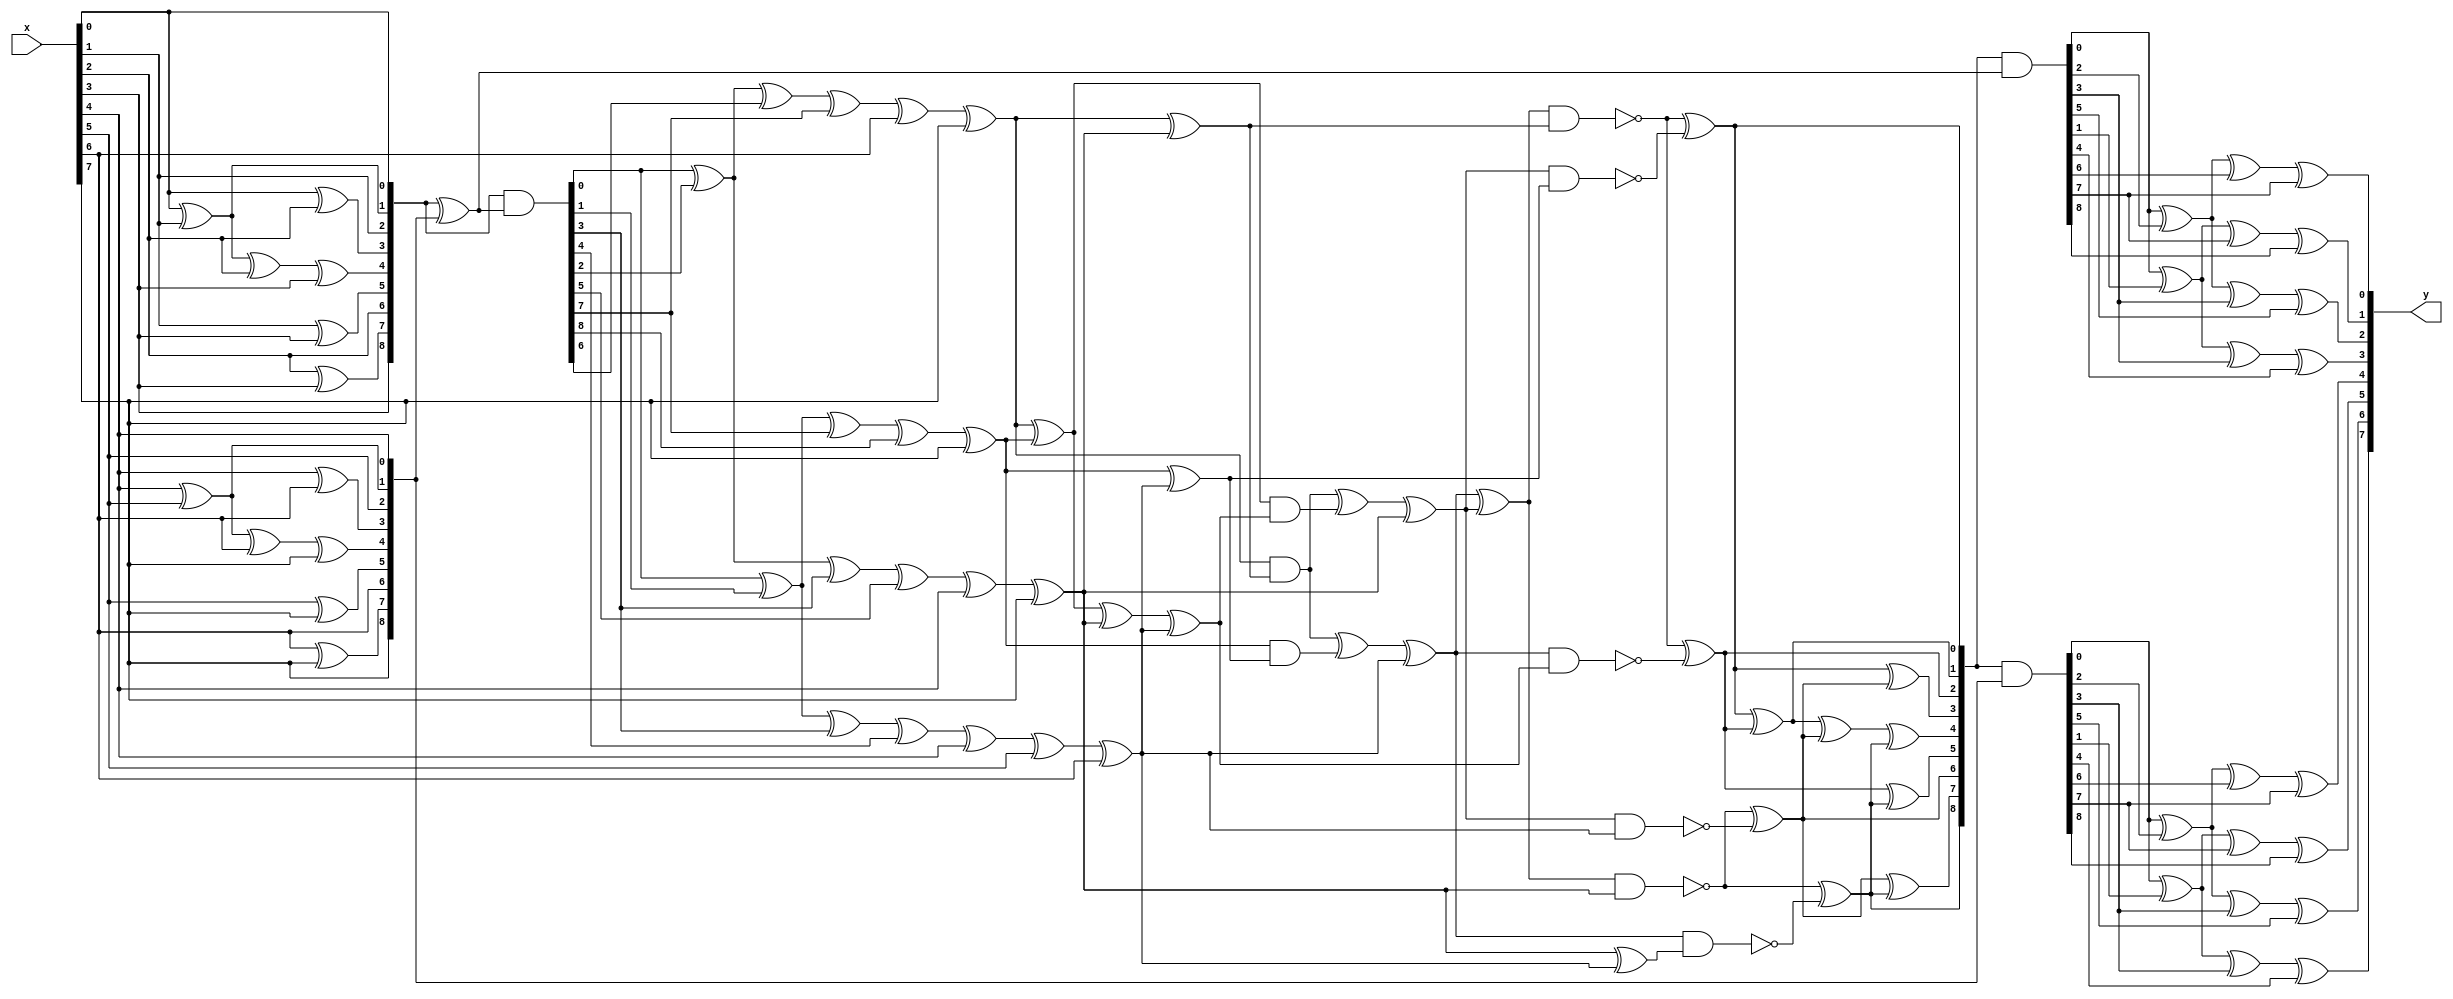
/*-------------------------------------------------------------------------
 Copyright (C) 2007 AIST and Tohoku Univ.

 By using this code, you agree to the following terms and conditions.

 This code is copyrighted by AIST and Tohoku University ("us").

 Permission is hereby granted to copy, reproduce, redistribute or
 otherwise use this code as long as: there is no monetary profit gained
 specifically from the use or reproduction of this code, it is not sold,
 rented, traded or otherwise marketed, and this copyright notice is
 included prominently in any copy made.

 We shall not be liable for any damages, including without limitation
 direct, indirect, incidental, special or consequential damages arising
 from the use of this code.

 When you publish any results arising from the use of this code, we will
 appreciate it if you can cite as following.
 @misc{tohoku-crypto-ip,
  author={Tohoku University ECSIS laboratory},
  title={Cryptographic IP cores},
  howpublished = {https://github.com/ECSIS-lab/IP_cores}
 }
 -------------------------------------------------------------------------*/


/////////////////////////////
//   GF(2^2^2^2) inverter  //
/////////////////////////////
module GFinvComp(x, y);
  input  [7:0] x;
  output [7:0] y;

  wire [8:0] da, db, dx, dy, va, tp, tn;
  wire [3:0] u, v;
  wire [4:0] mx;
  wire [5:0] my;

  assign da ={x[3], x[2]^x[3], x[2], x[1]^x[3], x[0]^x[1]^x[2]^x[3], x[0]^x[2], x[1], x[0]^x[1], x[0]};
  assign db ={x[7], x[6]^x[7], x[6], x[5]^x[7], x[4]^x[5]^x[6]^x[7], x[4]^x[6], x[5], x[4]^x[5], x[4]};
  assign va ={v[3], v[2]^v[3], v[2], v[1]^v[3], v[0]^v[1]^v[2]^v[3], v[0]^v[2], v[1], v[0]^v[1], v[0]};
  assign dx = da ^ db;
  assign dy = da & dx;
  assign tp = va & dx;
  assign tn = va & db;

  assign u = {dy[0] ^ dy[1] ^ dy[3] ^ dy[4] ^ x[4] ^ x[5] ^ x[6],
              dy[0] ^ dy[2] ^ dy[3] ^ dy[5] ^ x[4] ^ x[7],
              dy[0] ^ dy[1] ^ dy[7] ^ dy[8] ^ x[7],
              dy[0] ^ dy[2] ^ dy[6] ^ dy[7] ^ x[6] ^ x[7]};

  assign y = {tn[0] ^ tn[1] ^ tn[3] ^ tn[4], tn[0] ^ tn[2] ^ tn[3] ^ tn[5],
              tn[0] ^ tn[1] ^ tn[7] ^ tn[8], tn[0] ^ tn[2] ^ tn[6] ^ tn[7],
              tp[0] ^ tp[1] ^ tp[3] ^ tp[4], tp[0] ^ tp[2] ^ tp[3] ^ tp[5],
              tp[0] ^ tp[1] ^ tp[7] ^ tp[8], tp[0] ^ tp[2] ^ tp[6] ^ tp[7]};

  ////////////////////////
  // GF(2^2^2) Inverter //
  ////////////////////////
  assign mx = {mx[0] ^ mx[1] ^ u[2],
               mx[0] ^ mx[2] ^ u[3],
               u[1] & (u[1] ^ u[3]),
               (u[0] ^ u[1]) & (u[0] ^ u[1]  ^ u[2] ^ u[3]),
               u[0] & (u[0] ^ u[2])};

  assign my = {~(mx[4] & u[3]),
               ~(mx[3] & (u[2] ^ u[3])),
               ~((mx[3] ^ mx[4]) & u[2]),
               ~(mx[4] & (u[1] ^ u[3])),
               ~(mx[3] & (u[0] ^ u[1]  ^ u[2] ^ u[3])),
               ~((mx[3] ^ mx[4]) & (u[0] ^ u[2]))};

  assign v = {my[3]^my[4], my[3]^my[5], my[0]^my[1], my[0]^my[2]};
endmodule


/////////////////////////////
//     Sbox GF(2^2^2^2)    //
/////////////////////////////
module SboxComp(x, y);
  input  [7:0] x;
  output [7:0] y;

  wire [7:0] a, b;

  assign a = {x[5] ^ x[7],
              x[1] ^ x[2] ^ x[3] ^ x[4] ^ x[6] ^ x[7],
              x[2] ^ x[3] ^ x[5] ^ x[7],
              x[1] ^ x[2] ^ x[3] ^ x[5] ^ x[7],
              x[1] ^ x[2] ^ x[6] ^ x[7],
              x[1] ^ x[2] ^ x[3] ^ x[4] ^ x[7],
              x[1] ^ x[4] ^ x[6],
              x[0] ^ x[1] ^ x[6]};

  GFinvComp GFinvComp(a, b);

  assign y = { b[2] ^ b[3] ^ b[7],
              ~b[4] ^ b[5] ^ b[6] ^ b[7],
              ~b[2] ^ b[7],
               b[0] ^ b[1] ^ b[4] ^ b[7],
               b[0] ^ b[1] ^ b[2],
               b[0] ^ b[2] ^ b[3] ^ b[4] ^ b[5] ^ b[6],
              ~b[0] ^ b[7],
              ~b[0] ^ b[1] ^ b[2] ^ b[6] ^ b[7]};
endmodule


/////////////////////////////
//   InvSbox GF(2^2^2^2)   //
/////////////////////////////
module InvSboxComp(x, y);
  input  [7:0] x;
  output [7:0] y;

  wire [7:0] a, b;

  assign a = { x[1] ^ x[2] ^ x[6] ^ x[7],
              ~x[0] ^ x[1] ^ x[2] ^ x[3] ^ x[6] ^ x[7],
              ~x[0] ^ x[4] ^ x[5] ^ x[6],
              ~x[3] ^ x[4] ^ x[5],
              ~x[5] ^ x[7],
              ~x[1] ^ x[2] ^ x[5] ^ x[6] ^ x[7],
               x[1] ^ x[3] ^ x[5],
              ~x[2] ^ x[6] ^ x[7]};

  GFinvComp GFinvComp(a, b);

  assign y = {b[1] ^ b[5] ^ b[6] ^ b[7],
              b[2] ^ b[6],
              b[1] ^ b[5] ^ b[6],
              b[1] ^ b[2] ^ b[4] ^ b[5] ^ b[6],
              b[1] ^ b[2] ^ b[3] ^ b[4] ^ b[5],
              b[1] ^ b[2] ^ b[3] ^ b[4] ^ b[7],
              b[4] ^ b[5],
              b[0] ^ b[2] ^ b[4] ^ b[5] ^ b[6]};
endmodule


/////////////////////////////
//   SubBytes GF(2^2^2^2)  //
/////////////////////////////
module SubBytesComp (x, y);
  input  [31:0] x;
  output [31:0] y;

  SboxComp Sbox3(x[31:24], y[31:24]);
  SboxComp Sbox2(x[23:16], y[23:16]);
  SboxComp Sbox1(x[15: 8], y[15: 8]);
  SboxComp Sbox0(x[ 7: 0], y[ 7: 0]);
endmodule


/////////////////////////////
// InvSubBytes GF(2^2^2^2) //
/////////////////////////////
module InvSubBytesComp (x, y);
  input  [31:0] x;
  output [31:0] y;

  InvSboxComp Sbox3(x[31:24], y[31:24]);
  InvSboxComp Sbox2(x[23:16], y[23:16]);
  InvSboxComp Sbox1(x[15: 8], y[15: 8]);
  InvSboxComp Sbox0(x[ 7: 0], y[ 7: 0]);
endmodule


/////////////////////////////
//       MixColumns        //
/////////////////////////////
module MixColumns(x, y);
  input  [31:0]  x;
  output [31:0]  y;

  wire [7:0] a3, a2, a1, a0, b3, b2, b1, b0;

  assign a3 = x[31:24]; assign a2 = x[23:16];
  assign a1 = x[15: 8]; assign a0 = x[ 7: 0];

  assign b3 = a3 ^ a2; assign b2 = a2 ^ a1;
  assign b1 = a1 ^ a0; assign b0 = a0 ^ a3;

  assign y = {a2[7] ^ b1[7] ^ b3[6],         a2[6] ^ b1[6] ^ b3[5],
              a2[5] ^ b1[5] ^ b3[4],         a2[4] ^ b1[4] ^ b3[3] ^ b3[7],
              a2[3] ^ b1[3] ^ b3[2] ^ b3[7], a2[2] ^ b1[2] ^ b3[1],
              a2[1] ^ b1[1] ^ b3[0] ^ b3[7], a2[0] ^ b1[0] ^ b3[7],
              a3[7] ^ b1[7] ^ b2[6],         a3[6] ^ b1[6] ^ b2[5],
              a3[5] ^ b1[5] ^ b2[4],         a3[4] ^ b1[4] ^ b2[3] ^ b2[7],
              a3[3] ^ b1[3] ^ b2[2] ^ b2[7], a3[2] ^ b1[2] ^ b2[1],
              a3[1] ^ b1[1] ^ b2[0] ^ b2[7], a3[0] ^ b1[0] ^ b2[7],
              a0[7] ^ b3[7] ^ b1[6],         a0[6] ^ b3[6] ^ b1[5],
              a0[5] ^ b3[5] ^ b1[4],         a0[4] ^ b3[4] ^ b1[3] ^ b1[7],
              a0[3] ^ b3[3] ^ b1[2] ^ b1[7], a0[2] ^ b3[2] ^ b1[1],
              a0[1] ^ b3[1] ^ b1[0] ^ b1[7], a0[0] ^ b3[0] ^ b1[7],
              a1[7] ^ b3[7] ^ b0[6],         a1[6] ^ b3[6] ^ b0[5],
              a1[5] ^ b3[5] ^ b0[4],         a1[4] ^ b3[4] ^ b0[3] ^ b0[7],
              a1[3] ^ b3[3] ^ b0[2] ^ b0[7], a1[2] ^ b3[2] ^ b0[1],
              a1[1] ^ b3[1] ^ b0[0] ^ b0[7], a1[0] ^ b3[0] ^ b0[7]};
endmodule


/////////////////////////////
//     InvMixColumns       //
/////////////////////////////
module InvMixColumns(x, y);
  input  [31:0]  x;
  output [31:0]  y;

  wire [7:0] a3, a2, a1, a0, b3, b2, b1, b0;
  wire [7:0] c3, c2, c1, c0, d3, d2, d1, d0;

  assign a3 = x[31:24]; assign a2 = x[23:16];
  assign a1 = x[15: 8]; assign a0 = x[ 7: 0];

  assign b3 = a3 ^ a2; assign b2 = a2 ^ a1;
  assign b1 = a1 ^ a0; assign b0 = a0 ^ a3;

  assign c3 = {a2[7] ^ b1[7] ^ b3[6],         a2[6] ^ b1[6] ^ b3[5],
               a2[5] ^ b1[5] ^ b3[4],         a2[4] ^ b1[4] ^ b3[3] ^ b3[7],
               a2[3] ^ b1[3] ^ b3[2] ^ b3[7], a2[2] ^ b1[2] ^ b3[1],
               a2[1] ^ b1[1] ^ b3[0] ^ b3[7], a2[0] ^ b1[0] ^ b3[7]};
  assign c2 = {a3[7] ^ b1[7] ^ b2[6],         a3[6] ^ b1[6] ^ b2[5],
               a3[5] ^ b1[5] ^ b2[4],         a3[4] ^ b1[4] ^ b2[3] ^ b2[7],
               a3[3] ^ b1[3] ^ b2[2] ^ b2[7], a3[2] ^ b1[2] ^ b2[1],
               a3[1] ^ b1[1] ^ b2[0] ^ b2[7], a3[0] ^ b1[0] ^ b2[7]};
  assign c1 = {a0[7] ^ b3[7] ^ b1[6],         a0[6] ^ b3[6] ^ b1[5],
               a0[5] ^ b3[5] ^ b1[4],         a0[4] ^ b3[4] ^ b1[3] ^ b1[7],
               a0[3] ^ b3[3] ^ b1[2] ^ b1[7], a0[2] ^ b3[2] ^ b1[1],
               a0[1] ^ b3[1] ^ b1[0] ^ b1[7], a0[0] ^ b3[0] ^ b1[7]};
  assign c0 = {a1[7] ^ b3[7] ^ b0[6],         a1[6] ^ b3[6] ^ b0[5],
               a1[5] ^ b3[5] ^ b0[4],         a1[4] ^ b3[4] ^ b0[3] ^ b0[7],
               a1[3] ^ b3[3] ^ b0[2] ^ b0[7], a1[2] ^ b3[2] ^ b0[1],
               a1[1] ^ b3[1] ^ b0[0] ^ b0[7], a1[0] ^ b3[0] ^ b0[7]};
  assign d3 = {c3[5], c3[4], c3[3] ^ c3[7], c3[2] ^ c3[7] ^ c3[6],
               c3[1] ^ c3[6], c3[0] ^ c3[7], c3[7] ^ c3[6], c3[6]};
  assign d2 = {c2[5], c2[4], c2[3] ^ c2[7], c2[2] ^ c2[7] ^ c2[6],
               c2[1] ^ c2[6], c2[0] ^ c2[7], c2[7] ^ c2[6], c2[6]};
  assign d1 = {c1[5], c1[4], c1[3] ^ c1[7], c1[2] ^ c1[7] ^ c1[6],
               c1[1] ^ c1[6], c1[0] ^ c1[7], c1[7] ^ c1[6], c1[6]};
  assign d0 = {c0[5], c0[4], c0[3] ^ c0[7], c0[2] ^ c0[7] ^ c0[6],
               c0[1] ^ c0[6], c0[0] ^ c0[7], c0[7] ^ c0[6], c0[6]};
  assign y  = {d3 ^ d1 ^ c3, d2 ^ d0 ^ c2, d3 ^ d1 ^ c1, d2 ^ d0 ^ c0};
endmodule


////////////////////////////////
// Encryotion/Decryption Core //
////////////////////////////////
module CORE(di, ki, Rrg, EncDec, do, ko);
  input  [127:0] di;
  input  [127:0] ki;
  input  [9:0]   Rrg;
  input  EncDec;
  output [127:0] do;
  output [127:0] ko;

  wire   [127:0] se, sd, sr, isr, mx, imx, dx;
  wire   [31:0]  sbkin, so, kix;

//------------ encryption

  SubBytesComp SB3 (di[127:96], se[127:96]);
  SubBytesComp SB2 (di[ 95:64], se[ 95:64]);
  SubBytesComp SB1 (di[ 63:32], se[ 63:32]);
  SubBytesComp SB0 (di[ 31: 0], se[ 31: 0]);

  assign sr = {se[127:120], se[ 87: 80], se[ 47: 40], se[  7:  0],
               se[ 95: 88], se[ 55: 48], se[ 15:  8], se[103: 96],
               se[ 63: 56], se[ 23: 16], se[111:104], se[ 71: 64],
               se[ 31: 24], se[119:112], se[ 79: 72], se[ 39: 32]};

  MixColumns MX3 (sr[127:96], mx[127:96]);
  MixColumns MX2 (sr[ 95:64], mx[ 95:64]);
  MixColumns MX1 (sr[ 63:32], mx[ 63:32]);
  MixColumns MX0 (sr[ 31: 0], mx[ 31: 0]);

//------------ decryption

  InvMixColumns IMX3 (di[127:96], imx[127:96]);
  InvMixColumns IMX2 (di[ 95:64], imx[ 95:64]);
  InvMixColumns IMX1 (di[ 63:32], imx[ 63:32]);
  InvMixColumns IMX0 (di[ 31: 0], imx[ 31: 0]);

  assign dx  = (Rrg[8] == 1)? di: imx;
  assign isr = {dx[127:120], dx[ 23: 16], dx[ 47: 40], dx[ 71: 64],
                dx[ 95: 88], dx[119:112], dx[ 15:  8], dx[ 39: 32],
                dx[ 63: 56], dx[ 87: 80], dx[111:104], dx[  7:  0],
                dx[ 31: 24], dx[ 55: 48], dx[ 79: 72], dx[103: 96]};

  InvSubBytesComp ISB3 (isr[127:96], sd[127:96]);
  InvSubBytesComp ISB2 (isr[ 95:64], sd[ 95:64]);
  InvSubBytesComp ISB1 (isr[ 63:32], sd[ 63:32]);
  InvSubBytesComp ISB0 (isr[ 31: 0], sd[ 31: 0]);

  assign do = ((EncDec ==0)? ((Rrg[0] == 1)? sr: mx): sd) ^ ki;

//------------ key scheduling

  function [7:0] rcon;
  input [9:0] x;
    casex (x)
      10'bxxxxxxxxx1: rcon = 8'h01;
      10'bxxxxxxxx1x: rcon = 8'h02;
      10'bxxxxxxx1xx: rcon = 8'h04;
      10'bxxxxxx1xxx: rcon = 8'h08;
      10'bxxxxx1xxxx: rcon = 8'h10;
      10'bxxxx1xxxxx: rcon = 8'h20;
      10'bxxx1xxxxxx: rcon = 8'h40;
      10'bxx1xxxxxxx: rcon = 8'h80;
      10'bx1xxxxxxxx: rcon = 8'h1b;
      10'b1xxxxxxxxx: rcon = 8'h36;
    endcase
  endfunction

  assign kix = ki[31:0] ^ ki[63:32];
  assign sbkin = (EncDec == 0)? ki[31:0]: kix;
  SubBytesComp SBK ({sbkin[23:16], sbkin[15:8], sbkin[7:0], sbkin[31:24]}, so);

  assign ko[127:96] = ki[127:96] ^ {so[31:24] ^ rcon(Rrg), so[23: 0]};
  assign ko[ 95:64] = ki[ 95:64] ^ ((EncDec == 0)? ko[127:96]: ki[127:96]);
  assign ko[ 63:32] = ki[ 63:32] ^ ((EncDec == 0)? ko[ 95:64]: ki[ 95:64]);
  assign ko[ 31: 0] = (EncDec == 0)? ki[ 31: 0] ^ ko[ 63:32]: kix;
endmodule


/////////////////////////////
//      AES main body      //
/////////////////////////////
module AES(Din, Key, Dout, Drdy, Krdy, EncDec, RSTn, EN, CLK, BSY, Dvld);
  input  [127:0] Din;  // Data input
  input  [127:0] Key;  // Key input
  output [127:0] Dout; // Data output
  input  Drdy;         // Data input ready
  input  Krdy;         // Key input ready
  input  EncDec;       // 0:Encryption 1:Decryption
  input  RSTn;         // Reset (Low active)
  input  EN;           // AES circuit enable
  input  CLK;          // System clock
  output BSY;          // Busy signal
  output Dvld;         // Data output valid

  reg  [127:0] Drg;    // Data register
  reg  [127:0] Krg;    // Key register
  reg  [127:0] KrgX;   // Temporary key Register
  reg  [9:0]   Rrg;    // Round counter
  reg  Dvldrg, BSYrg;
  wire [127:0] Dnext, Knext;

  CORE CORE(Drg, KrgX, Rrg, EncDec, Dnext, Knext);

  assign Dvld = Dvldrg;
  assign Dout = Drg;
  assign BSY  = BSYrg;

  always @(posedge CLK) begin
    if (RSTn == 0) begin
      Rrg    <= (EncDec == 0)? 10'b0000000001: 10'b1000000000;
      Dvldrg <= 0;
      BSYrg  <= 0;
    end
    else if (EN == 1) begin
      if (BSYrg == 0) begin
        if (Krdy == 1) begin
          Krg    <= Key;
          KrgX   <= Key;
          Dvldrg <= 0;
        end
        else if (Drdy == 1) begin
          Rrg <= (EncDec == 0)? {Rrg[8:0], Rrg[9]}: {Rrg[0], Rrg[9:1]};
          KrgX   <= Knext;
          Drg    <= Din ^ Krg;
          Dvldrg <= 0;
          BSYrg  <= 1;
        end
      end

      else begin
        Drg <= Dnext;
        if ((EncDec == 0 && Rrg[0] == 1) || (EncDec == 1 && Rrg[9] == 1)) begin
          KrgX   <= Krg;
          Dvldrg <= 1;
          BSYrg  <= 0;
        end
        else begin
          Rrg    <= (EncDec == 0)? {Rrg[8:0], Rrg[9]}: {Rrg[0], Rrg[9:1]};
          KrgX   <= Knext;
        end
      end
    end
  end
endmodule